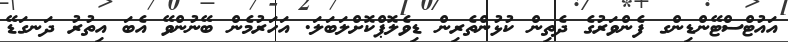
އައުޓްސްޓޭންޑިންގ ފެންވަރުގެ ދެތިން ކުޅުންތެރިން ޑިވެލޮޕްކޮށްލަބަލަ. އަހަރުމެން ބޭނުންވޭ އެބަ އިތުރު ދަނގަޑޭ